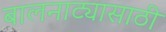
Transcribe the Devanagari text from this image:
बालनाट्यासाठी